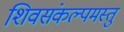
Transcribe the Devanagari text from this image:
शिवसंकल्पमस्तु